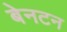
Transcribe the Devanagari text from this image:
बेनटन